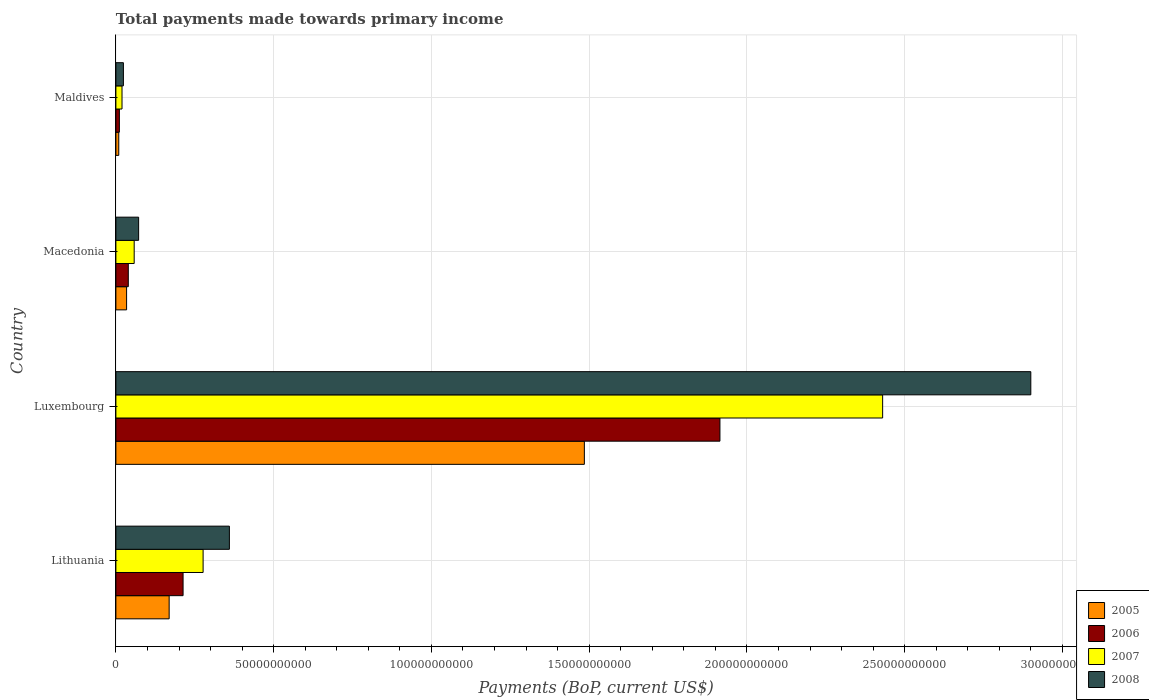
| Country | 2005 | 2006 | 2007 | 2008 |
 | --- | --- | --- | --- | --- |
 | Lithuania | 1.69e+10 | 2.13e+10 | 2.76e+10 | 3.6e+10 |
 | Luxembourg | 1.48e+11 | 1.91e+11 | 2.43e+11 | 2.9e+11 |
 | Macedonia | 3.39e+09 | 3.93e+09 | 5.8e+09 | 7.21e+09 |
 | Maldives | 9.1e+08 | 1.1e+09 | 1.94e+09 | 2.38e+09 |